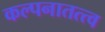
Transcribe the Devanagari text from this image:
कल्पनातत्त्व